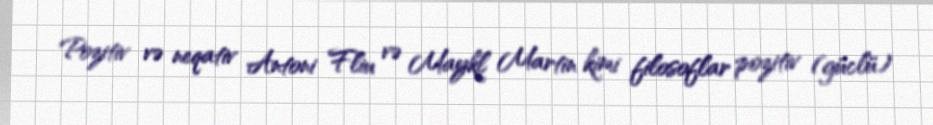
Pozitiv və neqativ Antoni Fliu və Maykl Martin kimi filosoflar pozitiv (güclü)